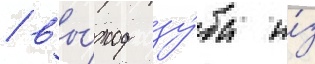
/ вы́ход зу́ба и́з